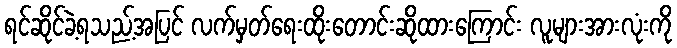
ရင်ဆိုင်ခဲ့ရသည့်အပြင် လက်မှတ်ရေးထိုးတောင်းဆိုထားကြောင်း လူများအားလုံးကို